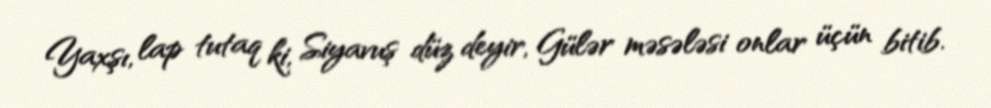
Yaxşı, lap tutaq ki, Siyavuş düz deyir, Gülər məsələsi onlar üçün bitib.